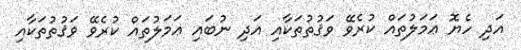
އަދި ހެޔޮ ޢަމަލުތައް ކުރެވޭ ވަޤުތުތަކާއި އަދި ނުބައި ޢަމަލުތައް ކުރެވޭ ވަޤުތުތަކާއި